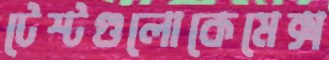
টেস্টগুলোকেমেক্স